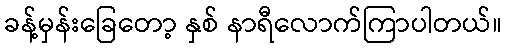
ခန့်မှန်းခြေတော့ နှစ် နာရီလောက်ကြာပါတယ်။